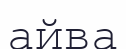
айва